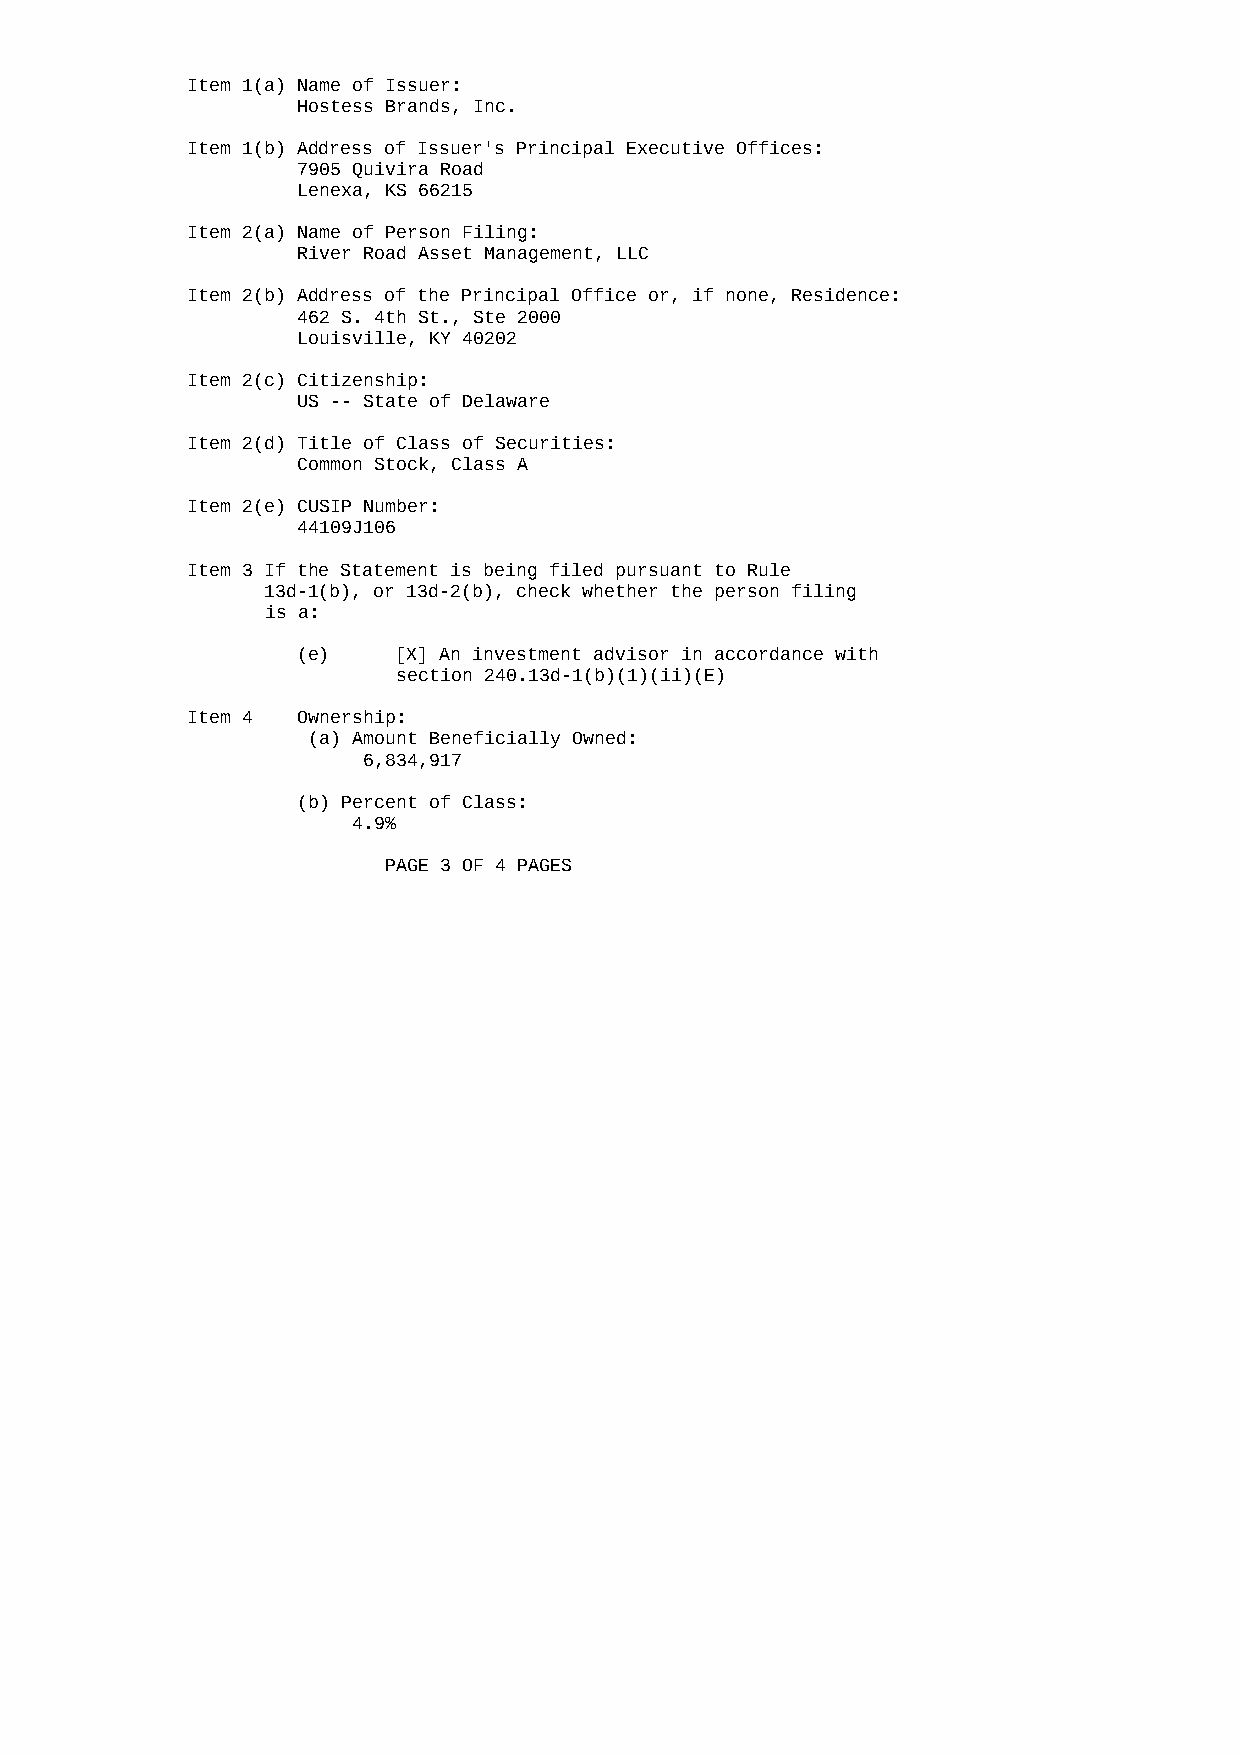
Item 1(a) Name of Issuer:
 Hostess Brands, Inc.
 Item 1(b) Address of Issuer's Principal Executive Offices:
 7905 Quivira Road
 Lenexa, KS 66215
 Item 2(a) Name of Person Filing:
 River Road Asset Management, LLC
 Item 2(b) Address of the Principal Office or, if none, Residence:
 462 S. 4th St., Ste 2000
 Louisville, KY 40202
 Item 2(c) Citizenship:
 US -- State of Delaware
 Item 2(d) Title of Class of Securities:
 Common Stock, Class A
 Item 2(e) CUSIP Number:
 44109J106
 Item 3 If the Statement is being filed pursuant to Rule
 13d-1(b), or 13d-2(b), check whether the person filing
 is a:
 (e)   [X] An investment advisor in accordance with
 section 240.13d-1(b)(1)(ii)(E)
 Item 4  Ownership:
 (a) Amount Beneficially Owned:
 6,834,917
 (b) Percent of Class:
 4.9%
 PAGE 3 OF 4 PAGES